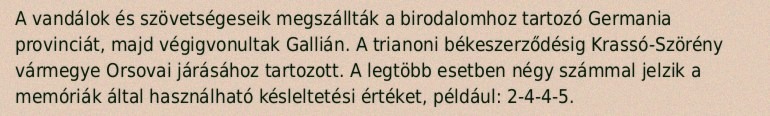
A vandálok és szövetségeseik megszállták a birodalomhoz tartozó Germania provinciát, majd végigvonultak Gallián. A trianoni békeszerződésig Krassó-Szörény vármegye Orsovai járásához tartozott. A legtöbb esetben négy számmal jelzik a memóriák által használható késleltetési értéket, például: 2-4-4-5.